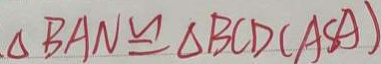
\Delta B A N \cong \Delta B C D ( A S A )